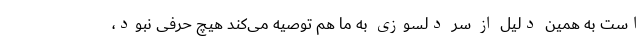
است به همین دلیل از سر دلسوزی به ما هم توصیه می‌کند هیچ حرفی نبود،